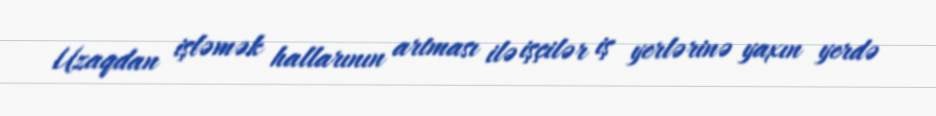
Uzaqdan işləmək hallarının artması ilə işçilər iş yerlərinə yaxın yerdə